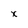
Character: x